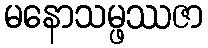
မနောသမ္ဖဿဇာ